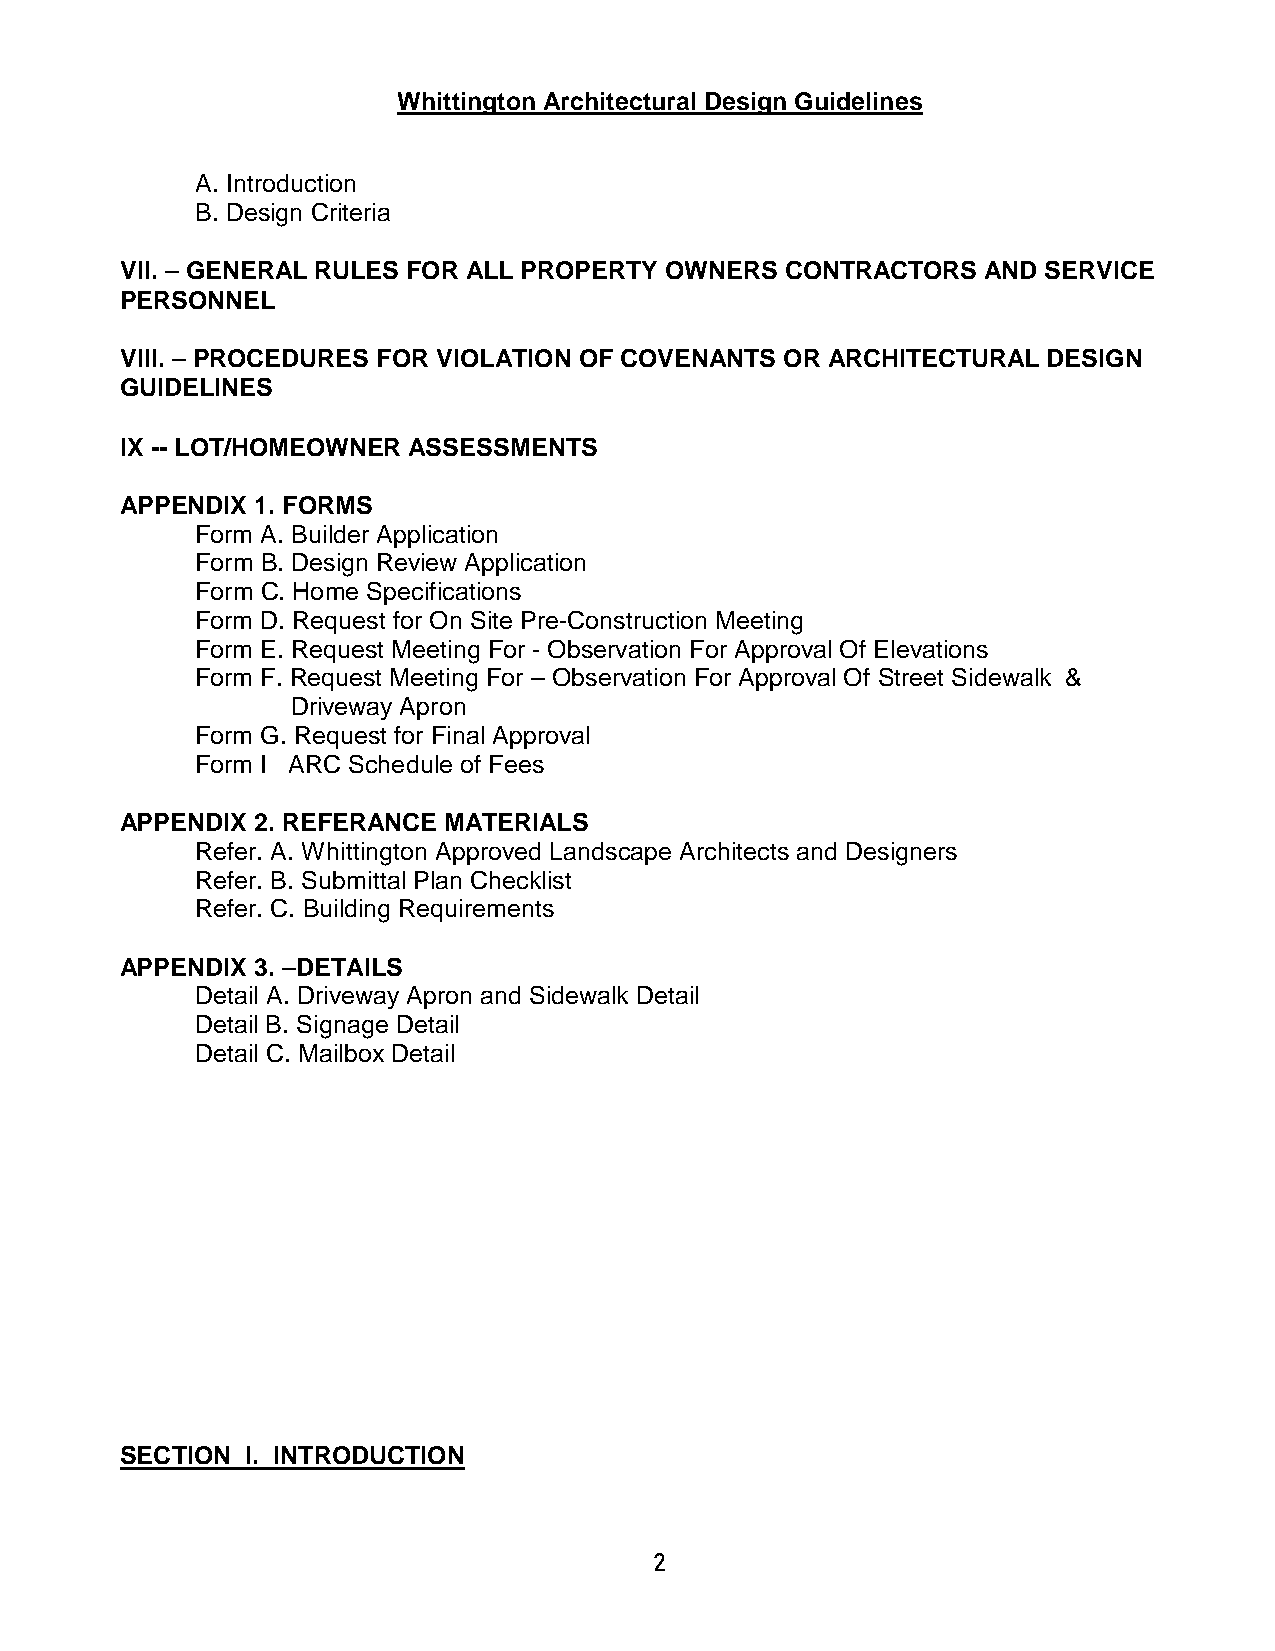
Whittington Architectural Design Guidelines
 A. Introduction
 B. Design Criteria
 VII. – GENERAL RULES FOR ALL PROPERTY OWNERS CONTRACTORS AND SERVICE
 PERSONNEL
 VIII. – PROCEDURES FOR VIOLATION OF COVENANTS OR ARCHITECTURAL DESIGN
 GUIDELINES
 IX -- LOT/HOMEOWNER ASSESSMENTS
 APPENDIX 1. FORMS
 Form A. Builder Application
 Form B. Design Review Application
 Form C. Home Specifications
 Form D. Request for On Site Pre-Construction Meeting
 Form E. Request Meeting For - Observation For Approval Of Elevations
 Form F. Request Meeting For – Observation For Approval Of Street Sidewalk &
 Driveway Apron
 Form G. Request for Final Approval
 Form I ARC Schedule of Fees
 APPENDIX 2. REFERANCE MATERIALS
 Refer. A. Whittington Approved Landscape Architects and Designers
 Refer. B. Submittal Plan Checklist
 Refer. C. Building Requirements
 APPENDIX 3. –DETAILS
 Detail A. Driveway Apron and Sidewalk Detail
 Detail B. Signage Detail
 Detail C. Mailbox Detail
 SECTION I. INTRODUCTION
 2